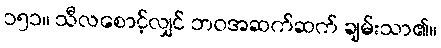
၁၅၁။ သီလစောင့်လျှင် ဘဝအဆက်ဆက် ချမ်းသာ၏။